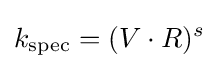
k_{\mathrm {spec} }=(V\cdot R)^{s}